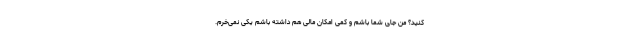
کنید؟ من جای شما باشم و کمی امکان مالی هم داشته باشم یکی نمی‌‌خرم.